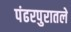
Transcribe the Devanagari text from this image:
पंढरपुरातले